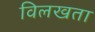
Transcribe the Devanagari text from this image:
विलखता